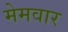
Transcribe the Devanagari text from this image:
मेमवार